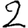
Digit: 2